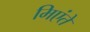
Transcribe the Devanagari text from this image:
मिएंते